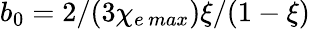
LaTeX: b_{0}=2/(3\chi_{e\, max})\xi/(1-\xi)